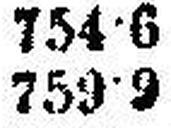
759·2